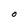
Character: 0